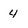
Character: 4